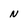
Character: N